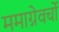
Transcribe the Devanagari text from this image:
ममाग्नेवर्चो